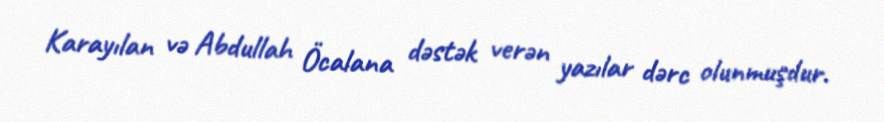
Karayılan və Abdullah Öcalana dəstək verən yazılar dərc olunmuşdur.